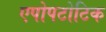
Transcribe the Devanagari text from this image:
एपोपटोटिक